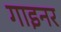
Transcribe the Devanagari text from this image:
गाइनर